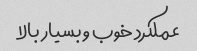
عملکرد خوب و بسیار بالا